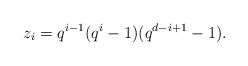
\begin{align*}z_i &= q^{i-1} (q^{i}-1)(q^{d-i+1}-1).\end{align*}